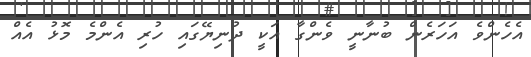
އެހެންވެ އަހަރެން ބުނާނީ ވެންގާ އަކީ ދުނިޔޭގައި ހުރި އެންމެ މޮޅު އެއް